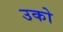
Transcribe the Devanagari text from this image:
उको